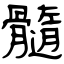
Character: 髓